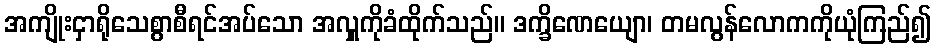
အကျိုးငှာရိုသေစွာစီရင်အပ်သော အလှူကိုခံထိုက်သည်။ ဒက္ခိဏေယျော၊ တမလွန်လောကကိုယုံကြည်၍